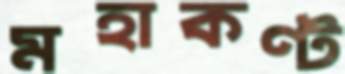
মহাকণ্ট